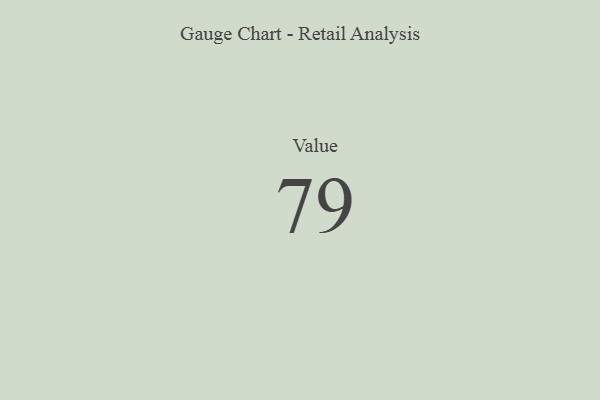
{"axis": {"x": "Metric", "y": "Value"}, "legend": [""], "data": [{"x": "Value", "y": 79, "type": ""}]}